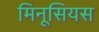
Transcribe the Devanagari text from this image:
मिनूसियस